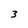
Character: 3